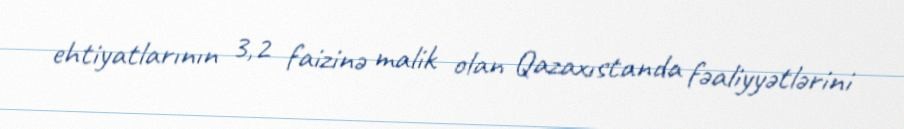
ehtiyatlarının 3,2 faizinə malik olan Qazaxıstanda fəaliyyətlərini